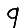
Digit: 9